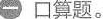
一 口算题。